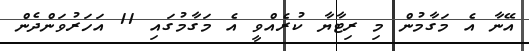
އޭނާ އެ މަގާމުން މި ރިޓާޔާ ކުރެއްވީ އެ މަގާމުގައި 11 އަހަރުވަންދެން